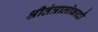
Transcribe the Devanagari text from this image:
श्रीतंत्रालोकादौ